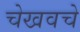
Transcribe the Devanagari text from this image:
चेखवचे